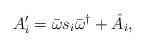
LaTeX: \begin{align*} A_i^{\prime} = \bar{\omega} s_i \bar{\omega}^{\dagger} + \hat A_i ,\end{align*}